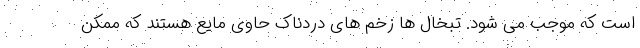
است که موجب می شود. تبخال ها زخم های دردناک حاوی مایع هستند که ممکن